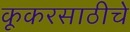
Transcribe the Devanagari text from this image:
कूकरसाठीचे